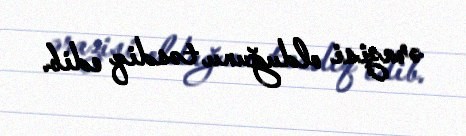
ərazisi olduğunu təsdiq edib.